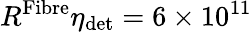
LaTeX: R^{\textrm{Fibre}}\eta_{\textrm{det}}=6\times 10^{11}